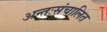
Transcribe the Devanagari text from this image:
अन्तःसंचालित